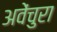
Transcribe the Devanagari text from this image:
अवेंचुरा